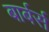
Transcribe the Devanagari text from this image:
बार्बर्स